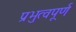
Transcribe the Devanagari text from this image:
प्रभुत्वपूर्ण